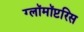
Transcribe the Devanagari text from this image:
ग्लॉमॉप्टरिस